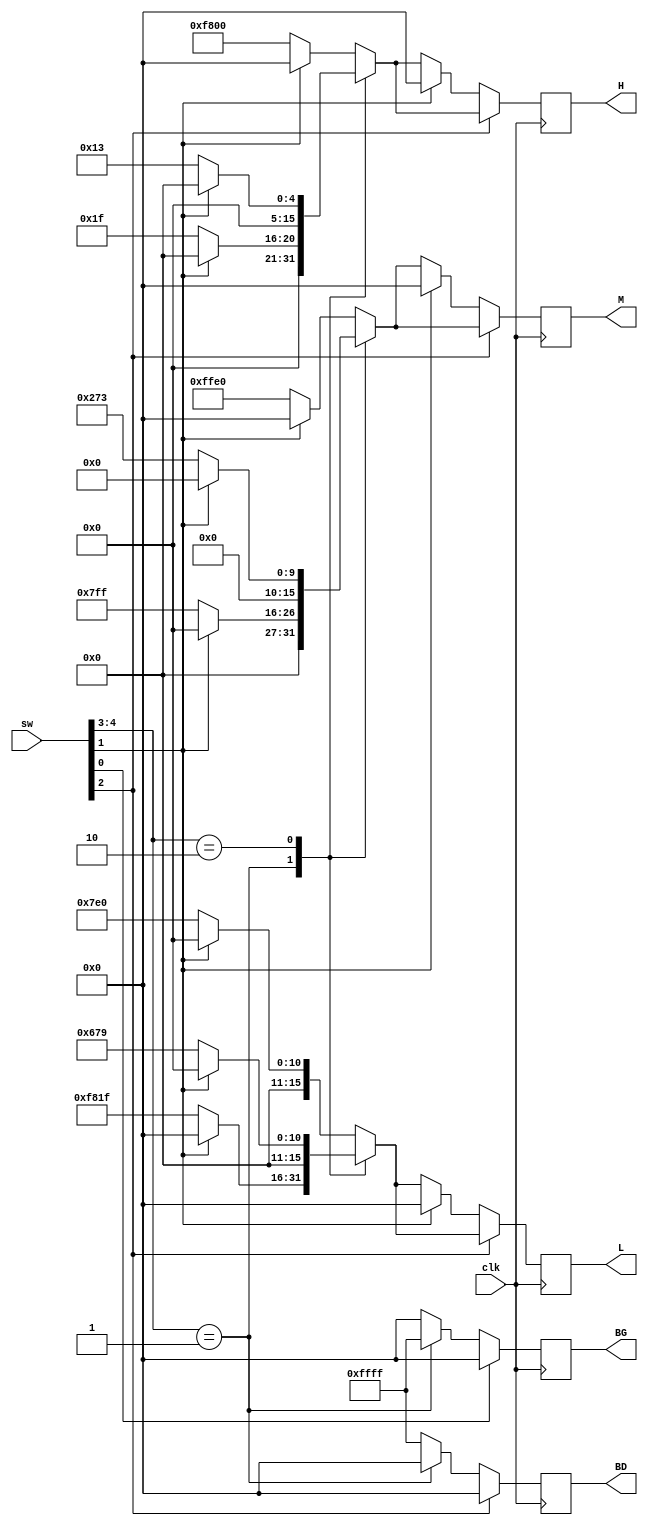
`timescale 1ns / 1ps
//////////////////////////////////////////////////////////////////////////////////
// Company: 
// Engineer: 
// 
// Design Name: 
// Module Name: oled_task1
// Project Name: 
// Target Devices: 
// Tool Versions: 
// Description: 
// 
// Dependencies: 
// 
// Revision:
// Revision 0.01 - File Created
// Additional Comments:
// 
//////////////////////////////////////////////////////////////////////////////////

// THEME SELECT
module oled1(input clk, input [4:0] sw, output reg [15:0] BD, 
    BG, L, M, H);
    
    // Default
    localparam BLACK = 16'b0;
    localparam WHITE = 16'b1111111111111111;
    localparam GREEN = 16'b0000011111100000;
    localparam RED = 16'b1111100000000000;
    localparam YELLOW = 16'b1111111111100000;
    
    //inverted colour
    localparam BD1 = 16'b0;
    localparam BG1 = 16'b1111111111111111;
    localparam L1 = 16'b1111100000011111;
    localparam M1 = 16'b0000011111111111;
    localparam H1 = 16'b0000000000011111;
    
    //blue-ish
    localparam BD2 = 16'b1111111111111111;
    localparam BG2 = 16'b0;
    localparam L2 = 16'b0000011001111001;
    localparam M2 = 16'b0000001001110011;
    localparam H2 = 16'b0000000000010011;
    
    always @ (posedge clk) begin
        case(sw[4:3])
            2'b01:
            begin
                if(sw[2]==1)
                BD=BLACK;
                else
                BD = BD1;
                
                if(sw[0]==1)
                BG=BLACK;
                else
                BG = BG1;
                
                if(sw[1]==1) begin
                L=BLACK;
                M=BLACK;
                H=BLACK;
                end
                else begin
                L = L1;
                M = M1;
                H = H1;
                end
            end
            2'b10:
            begin  
                if(sw[2]==1)
                BD=BLACK;
                else
                BD = BD2;
                
                if(sw[0]==1)
                BG=BLACK;
                else
                BG = BG2;
                
                if(sw[1]==1) begin
                L=BLACK;
                M=BLACK;
                H=BLACK;
                end
                else begin
                L = L2;
                M = M2;
                H = H2;
                end
            end
            default: 
            begin 
                if(sw[2]==1)
                BD=BLACK;
                else
                BD = WHITE;
                
                BG=BLACK;

                if(sw[1]==1) begin
                L=BLACK;
                M=BLACK;
                H=BLACK;
                end
                else begin
                L = GREEN;
                M = YELLOW;
                H = RED;
                end
            end
        endcase
        
        if(sw[2]==1)
            BD=BLACK;
        else
        
        if(sw[1]==1) begin
            L=BLACK;
            M=BLACK;
            H=BLACK;
        end
        if(sw[0]==1)
            BG=BLACK;
            
    end
endmodule